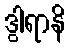
ဒွါရာနိ